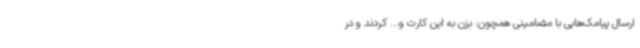
ارسال پیامک‌هایی با مضامینی همچون: بزن به این کارت و... کردند و در